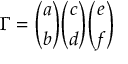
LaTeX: { \Gamma } = { \binom { a } { b } } { \binom { c } { d } } { \binom { e } { f } }